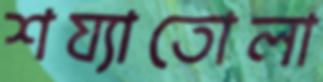
শয্যাতোলা